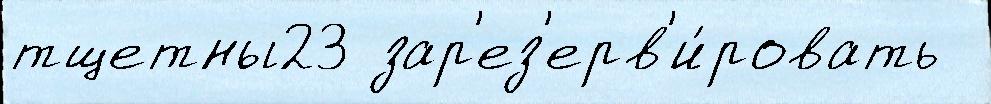
тщетны23 зар'ез'ерв'и́ровать